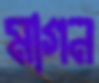
মাগন